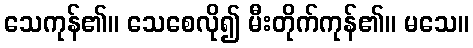
သေကုန်၏။ သေစေလို၍ မီးတိုက်ကုန်၏။ မသေ။